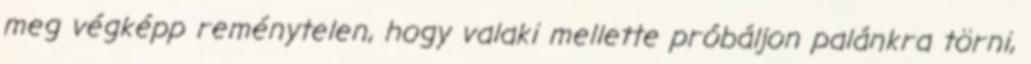
meg végképp reménytelen, hogy valaki mellette próbáljon palánkra törni,